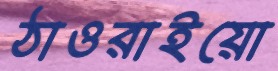
ঠাওরাইয়ো